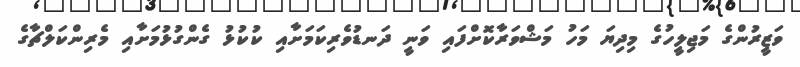
ވަޒީރުންގެ މަޖިލީހުގެ މިދިޔަ މަހު މަޝްވަރާކޮށްފައި ވަނީ ދަނޑުވެރިކަމަށާއި ކުކުޅު ގެންގުޅުމަށާއި މެރިންކަލްޗާގެ